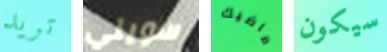
تريد سويني ماضيك سيكون